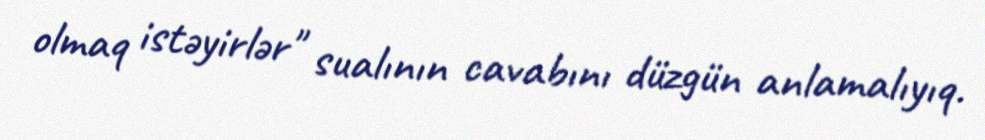
olmaq istəyirlər" sualının cavabını düzgün anlamalıyıq.